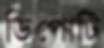
ডিপোটি